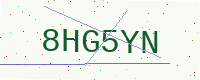
Text: 8HG5YN